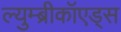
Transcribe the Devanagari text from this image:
ल्युम्ब्रीकॉएड्स